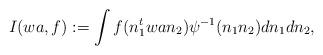
LaTeX: \begin{align*}I(wa,f):= \int f(n_1^t wa n_2) \psi^{-1}(n_1 n_2) dn_1 dn_2,\end{align*}